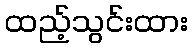
ထည့်သွင်းထား